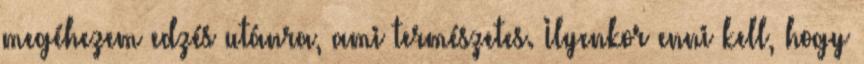
megéhezem edzés utánra, ami természetes. Ilyenkor enni kell, hogy